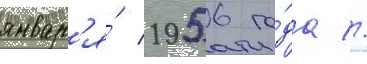
январ'я́ 1956 го́да //